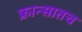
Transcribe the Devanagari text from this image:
फ्रान्सातच